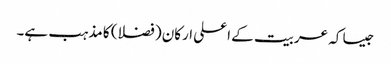
جیسا کہ عربیت کے اعلی ارکان (فضلا) کا مذہب ہے۔